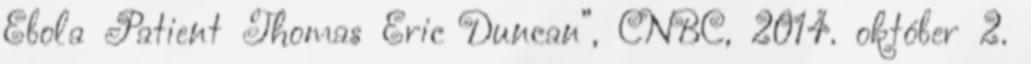
Ebola Patient Thomas Eric Duncan”, CNBC, 2014. október 2.